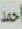
احمد